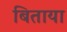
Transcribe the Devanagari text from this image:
बिताया